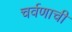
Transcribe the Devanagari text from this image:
चर्वणाची